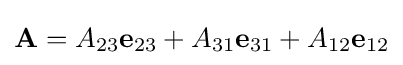
\mathbf {A} =A_{23}\mathbf {e} _{23}+A_{31}\mathbf {e} _{31}+A_{12}\mathbf {e} _{12}